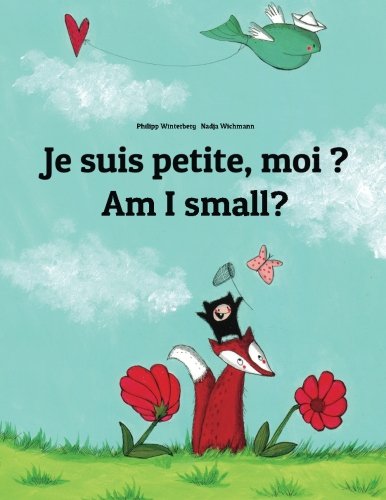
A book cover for Je suis petite, moi ? Am I small?: Un livre d'images pour les enfants (Edition bilingue franÃ§ais-anglais); Philipp Winterberg; Children's Books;